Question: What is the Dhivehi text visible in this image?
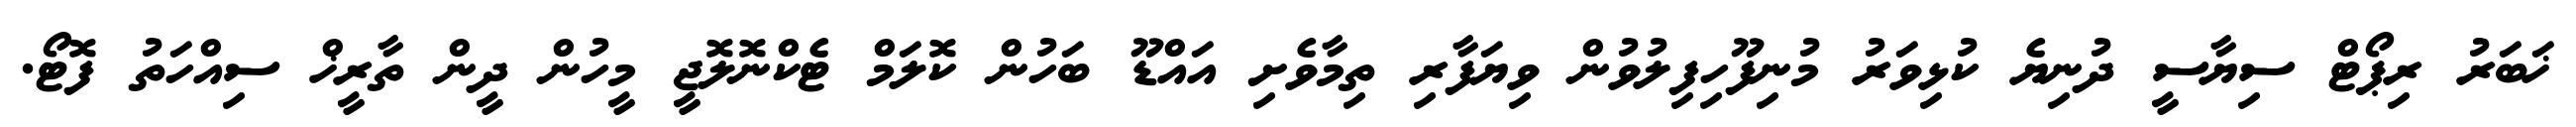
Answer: ޚަބަރު ރިޕޯޓް ސިޔާސީ ދުނިޔެ ކުޅިވަރު މުނިފޫހިފިލުވުން ވިޔަފާރި ތިމާވެށި އައްޑޫ ބަހުން ކޮލަމް ޓެކްނޮލޮޖީ މީހުން ދީން ތާރީޚް ސިއްހަތު ފޮޓޯ.